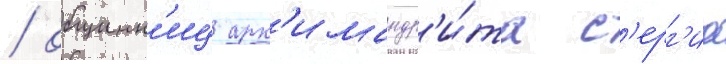
/ общинн'иц арх'имандр'и́та с'ерг'иа